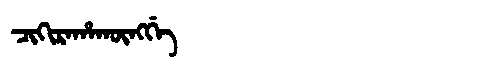
Manchu: ᠴᡳᡴᡳᡵᠠᡥᠠᡴᡡᠩᡤᡝ
Romanization: CIKIRAHAKŪNGGE